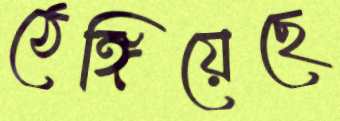
ঠেঙ্গিয়েছে